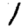
Digit: 1